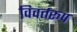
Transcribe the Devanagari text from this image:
विवर्तरूप